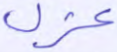
عزل